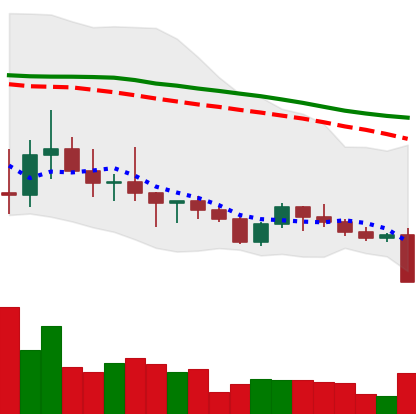
Ticker: ADA-USD
Chart end date: 2022-10-10
Forward return: -9.472%
Label: down_7plus